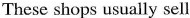
These shops usually sell